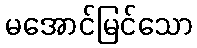
မအောင်မြင်သော